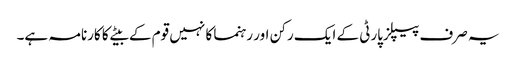
یہ صرف پیپلزپارٹی کے ایک رکن اور رہنما کا نہیں قوم کے بیٹے کا کارنامہ ہے۔